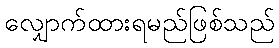
လျှောက်ထားရမည်ဖြစ်သည်